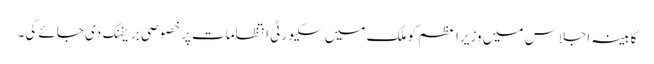
کابینہ اجلاس میں وزیراعظم کو ملک میں سکیورٹی انتظامات پرخصوصی بریفنگ دی جائے گی۔